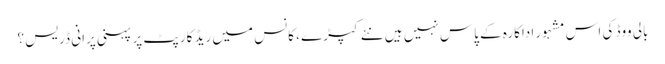
بالی ووڈ کی اس مشہور اداکارہ کے پاس نہیں ہیں نئے کپڑے ، کانس میں ریڈ کارپٹ پر پہنی پرانی ڈریس ؟